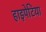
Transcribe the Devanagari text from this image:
हाइपेटिया